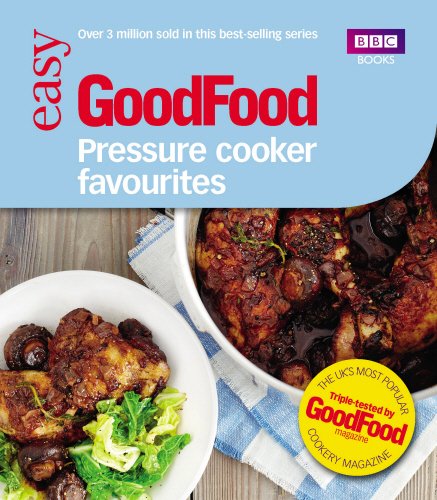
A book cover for Good Food: Pressure Cooker Favourites; Barney Desmazery; Cookbooks, Food & Wine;